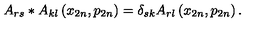
A _ { r s } * A _ { k l } \left( x _ { 2 n } , p _ { 2 n } \right) = \delta _ { s k } A _ { r l } \left( x _ { 2 n } , p _ { 2 n } \right) .